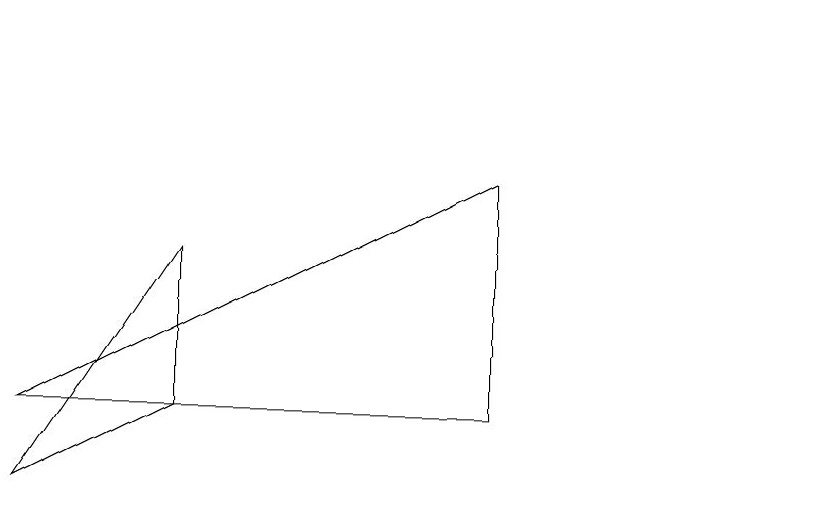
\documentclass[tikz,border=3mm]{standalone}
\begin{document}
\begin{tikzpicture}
\draw (0,4) -- (2,5) -- (2,7) -- cycle;
\draw (6,8) -- (6,5) -- (0,5) -- cycle;
\draw (10,10) circle (0);
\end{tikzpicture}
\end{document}